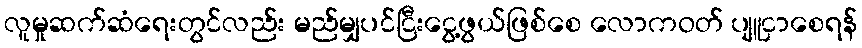
လူမှုဆက်ဆံရေးတွင်လည်း မည်မျှပင်ငြီးငွေ့ဖွယ်ဖြစ်စေ လောကဝတ် ပျူငှာစေရန်